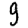
Digit: 9